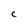
Character: C